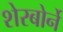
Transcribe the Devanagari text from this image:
शेरबोर्ने